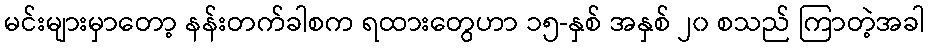
မင်းများမှာတော့ နန်းတက်ခါစက ရထားတွေဟာ ၁၅-နှစ် အနှစ် ၂၀ စသည် ကြာတဲ့အခါ